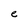
Character: e